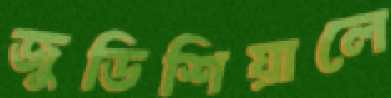
জুডিশিয়ালে